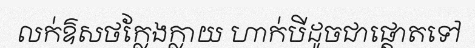
លក់ឱសថក្លែងក្លាយ ហាក់បីដូចជាផ្តោតទៅ